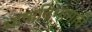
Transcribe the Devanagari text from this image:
भाषाविभागाचे